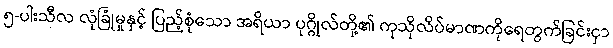
၅-ပါးသီလ လုံခြုံမှုနှင့် ပြည့်စုံသော အရိယာ ပုဂ္ဂိုလ်တို့၏ ကုသိုလိပ်မာဏကိုရေတွက်ခြင်းငှာ